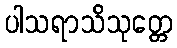
ပါသရာသိသုတ္တေ